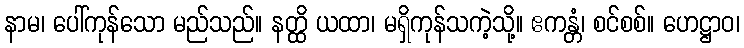
နာမ၊ ပေါ်ကုန်သော မည်သည်။ နတ္ထိ ယထာ၊ မရှိကုန်သကဲ့သို့။ ဧကန္တံ၊ စင်စစ်။ ဟေဋ္ဌာဝ၊